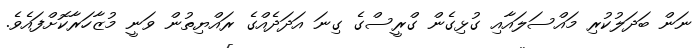
ނަން ބަދަލުކުރި މައްސަލައާއި ގުޅިގެން ގްރީސްގެ ގިނަ އަދަދެއްގެ ރައްޔިތުން ވަނީ މުޒާހަރާކޮށްފައެވެ.